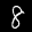
Label: 8